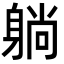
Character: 躺